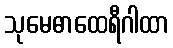
သုမေဓာထေရီဂါထာ